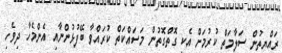
ރައްޔިތުން ސަލާމަތް ކުރުމަށް އެކި ގޮތްގޮތުން މަސައްކަތް ކުރައްވާ ބޭފުޅުންނާއި އެންމެހާ ދިވެހި